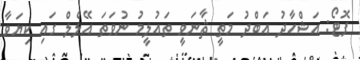
ފޮޓޯ: އަޝްހާދު އަބްދު މަތީ ޘާނަވީ ތައުލީމު ނުވަތަ އޭލެލް ގައި ކިޔަވާ